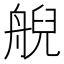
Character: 𦩊